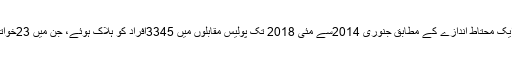
ایک میڈیا رپورٹ بتاتی ہے کہ ایک محتاط اندازے کے مطابق جنوری 2014سے مئی 2018 تک پولیس مقابلوں میں 3345افراد کو ہلاک ہوئے، جن میں 23خواتین اور 12بچے بھی شامل تھے۔